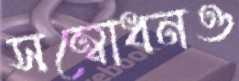
সম্বোধনও